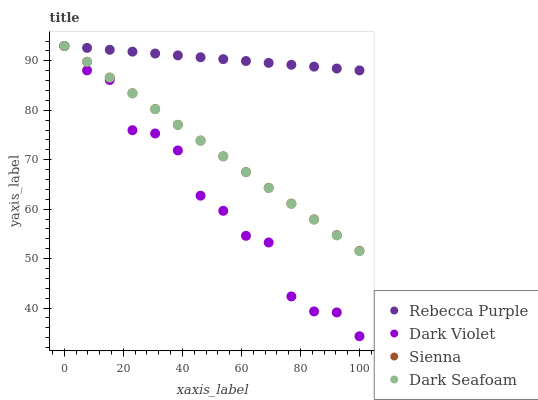
| xaxis_label | Rebecca Purple | Dark Violet | Sienna | Dark Seafoam |
 | --- | --- | --- | --- | --- |
 | 0 | 93 | 93 | 93 | 93 |
 | 7.69 | 92.6 | 88.1 | 89.8 | 89.8 |
 | 15.4 | 92.2 | 86.1 | 86.6 | 86.6 |
 | 23.1 | 91.9 | 76 | 83.4 | 83.4 |
 | 30.8 | 91.5 | 75.3 | 80.3 | 80.2 |
 | 38.5 | 91.1 | 71.9 | 77.1 | 77 |
 | 46.2 | 90.7 | 62.7 | 73.9 | 73.8 |
 | 53.8 | 90.3 | 59.7 | 70.7 | 70.7 |
 | 61.5 | 90 | 54.6 | 67.5 | 67.5 |
 | 69.2 | 89.6 | 53.3 | 64.3 | 64.3 |
 | 76.9 | 89.2 | 42.3 | 61.1 | 61.1 |
 | 84.6 | 88.8 | 39.3 | 57.9 | 57.9 |
 | 92.3 | 88.4 | 39.1 | 54.8 | 54.7 |
 | 100 | 88.1 | 34.3 | 51.6 | 51.5 |